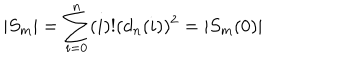
| S _ { m } | = \sum _ { i = 0 } ^ { n } ( i ) ! ( d _ { n } ( i ) ) ^ { 2 } = | S _ { m } ( 0 ) |